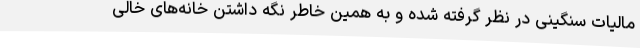
مالیات سنگینی در نظر گرفته شده و به همین خاطر نگه داشتن خانه‌های خالی